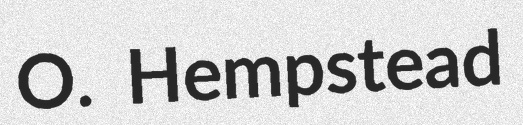
O. Hempstead